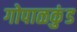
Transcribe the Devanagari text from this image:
गोपाळकुंड